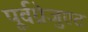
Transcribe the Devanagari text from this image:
पूर्वग्रेजुएट